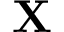
\mathbf { X }